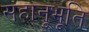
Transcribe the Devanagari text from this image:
सहानूभूति